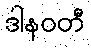
ဒါနဝတီ